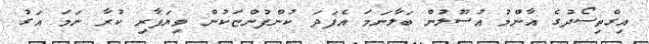
އިގްތިސޯދުގެ އާންމު އުސޫލުން ބަލާނަމަ އެފަދަ ކުންފުންޏަކުން ވިޔަފާރި ކުރާ ނަމަ އަގު